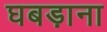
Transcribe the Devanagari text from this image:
घबड़ाना